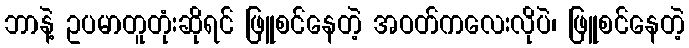
ဘာနဲ့ ဥပမာတူတုံးဆိုရင် ဖြူစင်နေတဲ့ အဝတ်ကလေးလိုပဲ၊ ဖြူစင်နေတဲ့